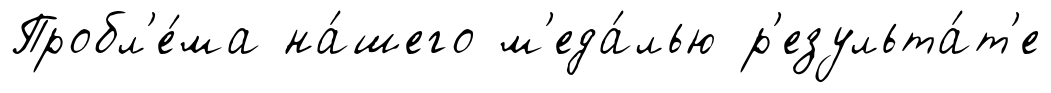
Пробл'е́ма на́шего м'еда́лью р'езульта́т'е